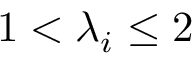
1 < \lambda _ { i } \leq 2